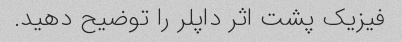
فیزیک پشت اثر داپلر را توضیح دهید.